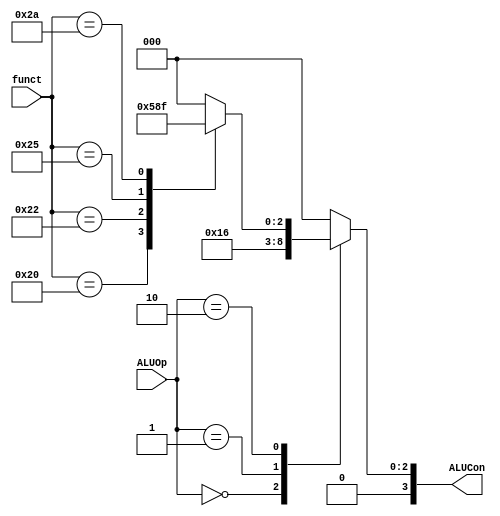
module alu_control_2(ALUOp,funct,ALUCon);
	input [1:0] ALUOp;
	input [5:0] funct;
	output [3:0] ALUCon;
	reg [3:0] ALUCon;
	always @(*) begin
		case(ALUOp)
			2'b00: ALUCon <= 4'b0010;    
			2'b01: ALUCon <= 4'b0110;    
            2'b10 :
              begin
                case (funct)
                  6'b100000: ALUCon <= 4'b0010;
                  6'b100010: ALUCon <= 4'b0110;
                  6'b100101: ALUCon <= 4'b0001;
                  6'b100100: ALUCon <= 4'b0000;
                  6'b101010: ALUCon <= 4'b0111;
                  default: 	 ALUCon <= 4'b0000;
                endcase
              end
			default: ALUCon <= 4'b0000;
		endcase
	end
endmodule